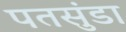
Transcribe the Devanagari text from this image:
पतसुंडा